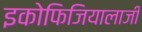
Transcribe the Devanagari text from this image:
इकोफिजियालाजी